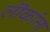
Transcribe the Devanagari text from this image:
लॊकांना